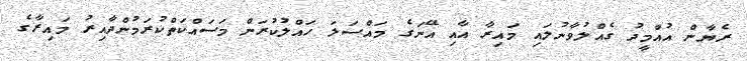
ރެޔާން އުއްމީދު ގެއްލުވާނުލައި މައިރާ އާއި އޭނަގެ މައްސަލަ ހައްލުކުރަން މަސައްކަތްކުރަމުންދާއިރު މައިރާގެ